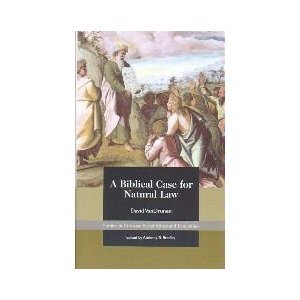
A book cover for A Biblical Case for Natural Law; Law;